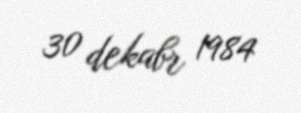
30 dekabr 1984